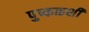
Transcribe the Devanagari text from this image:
पुष्कळशीं